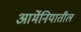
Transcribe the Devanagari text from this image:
आर्मेनियातील